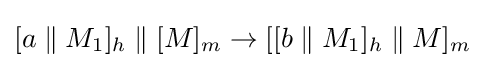
[a\;\|\;M_{1}]_{h}\;\|\;[M]_{m}\rightarrow [[b\;\|\;M_{1}]_{h}\;\|\;M]_{m}